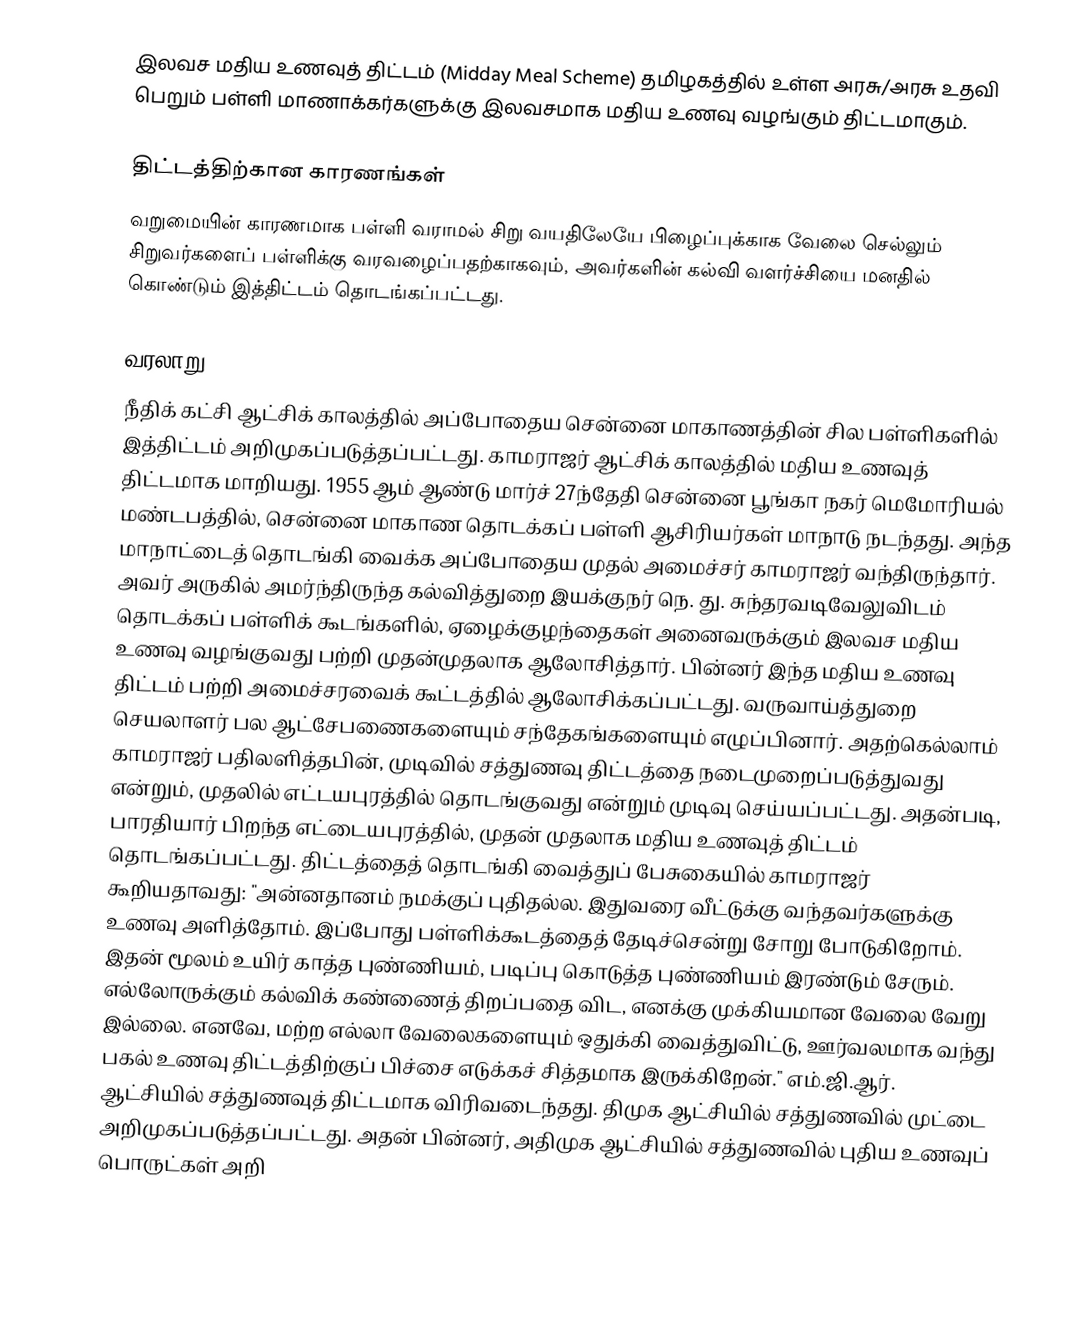
இலவச மதிய உணவுத் திட்டம் (Midday Meal Scheme) தமிழகத்தில் உள்ள அரசு/அரசு உதவி பெறும் பள்ளி மாணாக்கர்களுக்கு இலவசமாக மதிய உணவு வழங்கும் திட்டமாகும்.

திட்டத்திற்கான காரணங்கள்
வறுமையின் காரணமாக பள்ளி வராமல் சிறு வயதிலேயே பிழைப்புக்காக வேலை செல்லும் சிறுவர்களைப் பள்ளிக்கு வரவழைப்பதற்காகவும், அவர்களின் கல்வி வளர்ச்சியை மனதில் கொண்டும் இத்திட்டம் தொடங்கப்பட்டது.

வரலாறு
நீதிக் கட்சி ஆட்சிக் காலத்தில் அப்போதைய சென்னை மாகாணத்தின் சில பள்ளிகளில் இத்திட்டம் அறிமுகப்படுத்தப்பட்டது. காமராஜர் ஆட்சிக் காலத்தில் மதிய உணவுத் திட்டமாக மாறியது. 1955 ஆம் ஆண்டு மார்ச் 27ந்தேதி சென்னை பூங்கா நகர் மெமோரியல் மண்டபத்தில், சென்னை மாகாண தொடக்கப் பள்ளி ஆசிரியர்கள் மாநாடு நடந்தது. அந்த மாநாட்டைத் தொடங்கி வைக்க அப்போதைய முதல் அமைச்சர் காமராஜர் வந்திருந்தார். அவர் அருகில் அமர்ந்திருந்த கல்வித்துறை இயக்குநர் நெ. து. சுந்தரவடிவேலுவிடம் தொடக்கப் பள்ளிக் கூடங்களில், ஏழைக்குழந்தைகள் அனைவருக்கும் இலவச மதிய உணவு வழங்குவது பற்றி முதன்முதலாக ஆலோசித்தார். பின்னர் இந்த மதிய உணவு திட்டம் பற்றி அமைச்சரவைக் கூட்டத்தில் ஆலோசிக்கப்பட்டது. வருவாய்த்துறை செயலாளர் பல ஆட்சேபணைகளையும் சந்தேகங்களையும் எழுப்பினார். அதற்கெல்லாம் காமராஜர் பதிலளித்தபின், முடிவில் சத்துணவு திட்டத்தை நடைமுறைப்படுத்துவது என்றும், முதலில் எட்டயபுரத்தில் தொடங்குவது என்றும் முடிவு செய்யப்பட்டது. அதன்படி, பாரதியார் பிறந்த எட்டையபுரத்தில், முதன் முதலாக மதிய உணவுத் திட்டம் தொடங்கப்பட்டது. திட்டத்தைத் தொடங்கி வைத்துப் பேசுகையில் காமராஜர் கூறியதாவது: "அன்னதானம் நமக்குப் புதிதல்ல. இதுவரை வீட்டுக்கு வந்தவர்களுக்கு உணவு அளித்தோம். இப்போது பள்ளிக்கூடத்தைத் தேடிச்சென்று சோறு போடுகிறோம். இதன் மூலம் உயிர் காத்த புண்ணியம், படிப்பு கொடுத்த புண்ணியம் இரண்டும் சேரும். எல்லோருக்கும் கல்விக் கண்ணைத் திறப்பதை விட, எனக்கு முக்கியமான வேலை வேறு இல்லை. எனவே, மற்ற எல்லா வேலைகளையும் ஒதுக்கி வைத்துவிட்டு, ஊர்வலமாக வந்து பகல் உணவு திட்டத்திற்குப் பிச்சை எடுக்கச் சித்தமாக இருக்கிறேன்." எம்.ஜி.ஆர். ஆட்சியில் சத்துணவுத் திட்டமாக விரிவடைந்தது. திமுக ஆட்சியில் சத்துணவில் முட்டை அறிமுகப்படுத்தப்பட்டது. அதன் பின்னர், அதிமுக ஆட்சியில் சத்துணவில் புதிய உணவுப் பொருட்கள் அறி